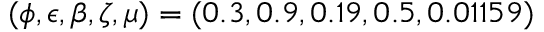
{ ( \phi , \epsilon , \beta , \zeta , \mu ) = ( 0 . 3 , 0 . 9 , 0 . 1 9 , 0 . 5 , 0 . 0 1 1 5 9 ) }